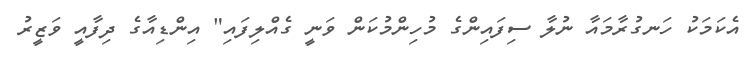
އެކަމަކު ހަނގުރާމައާ ނުލާ ސިފައިންގެ މުހިންމުކަން ވަނީ ގެއްލިފައި" އިންޑިއާގެ ދިފާއީ ވަޒީރު